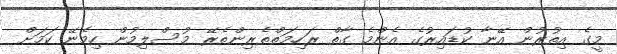
މީގެ އިތުރުން އޭނާ ކުޑައިރުގެ އެންމެ ގާތް ރަހިމަތްތެރިންތެރޭ މުސްލިމުން ހިމެނޭ ކަމަށް